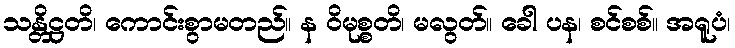
သန္တိဋ္ဌတိ၊ ကောင်းစွာမတည်။ န ဝိမုစ္စတိ၊ မလွတ်။ ခေါ ပန၊ စင်စစ်။ အရူပံ၊